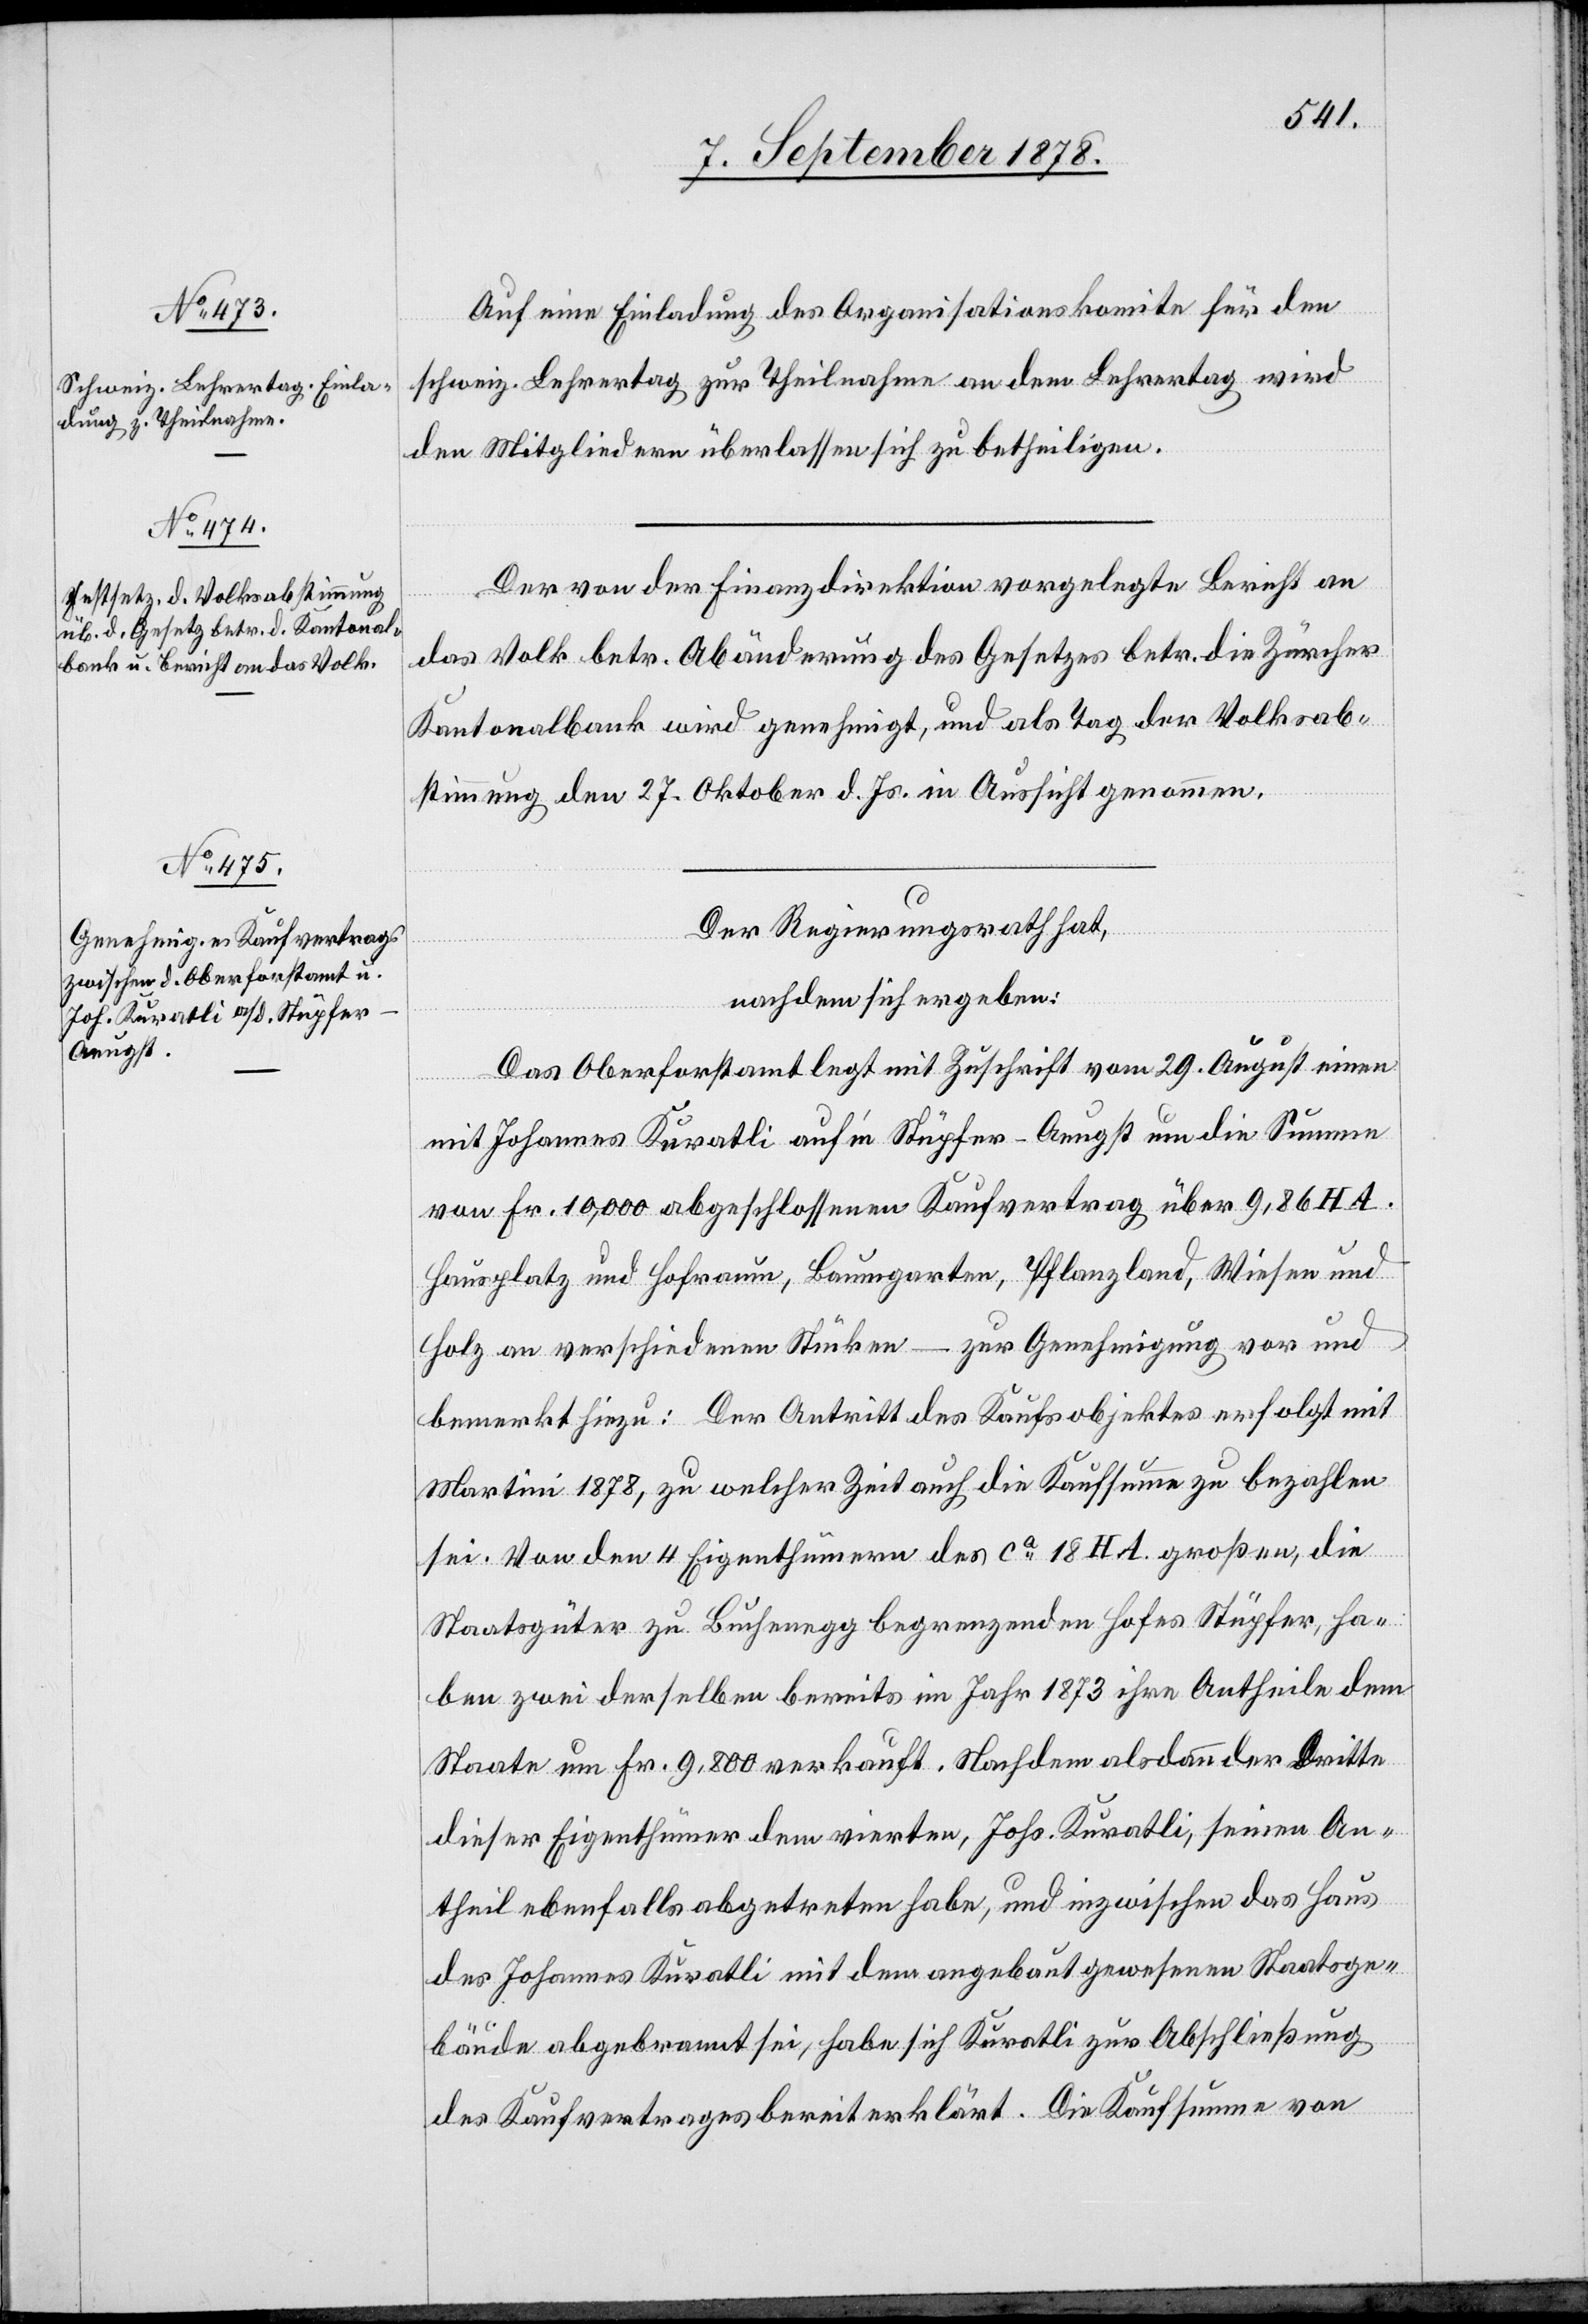
Auf eine Einladung des Organisationskomite für den
schweiz. Lehrertag zur Theilnahme an dem Lehrertag wird
den Mitgliedern überlassen sich zu betheiligen.
Der von der Finanzdirektion vorgelegte Bericht an
das Volk betr. Abänderung des Gesetzes betr. die Zürcher
Kantonalbank wird genehmigt, und als Tag der Volksab¬
stimmung den 27. Oktober d. Js. in Aussicht genommen.
Der Regierungsrath hat,
nachdem sich ergeben:
Das Oberforstamt legt mit Zuschrift vom 29. August einen
mit Johannes Kuratli auf’m Stüpfer - Aeugst um die Summe
von Fr. 10,000 abgeschlossenen Kaufvertrag über 9,86 HA.
Hausplatz und Hofraum, Baumgarten, Pflanzland, Wiesen und
Holz an verschiedenen Stücken – zur Genehmigung vor und
bemerkt hiezu: Der Antritt des Kaufsobjektes erfolgt mit
Martini 1878, zu welcher Zeit auch die Kaufsumme zu bezahlen
sei. Von den 4 Eigenthümern des ca 18 HA großen, die
Staatsgüter zu Buchenegg begrenzenden Hofes Stüpfer, ha¬
ben zwei derselben bereits im Jahr 1873 ihre Antheile dem
Staate um Fr. 9,800 verkauft. Nachdem alsdann der dritte
dieser Eigenthümer dem vierten, Johs. Kuratli, seinen An¬
theil ebenfalls abgetreten habe, und inzwischen das Haus
des Johannes Kuratli mit dem angebaut gewesenen Staatsge¬
bäude abgebrannt sei, habe sich Kuratli zur Abschließung
des Kaufvertrages erklärt. Die Kaufsumme von